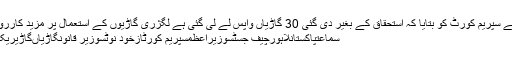
ایڈیشنل اٹارنی جنرل نے سپریم کورٹ کو بتایا کہ استحقاق کے بغیر دی گئی 30 گاڑیاں واپس لے لی گئی ہے لگژری گاڑیوں کے استعمال پر مزید کارروائی آج ہفتہ تک ملتوی
سماعتپاکستانلاہورچیف جسٹسوزیراعظمسپریم کورٹازخود نوٹسوزیر قانونگاڑیاںگاڑیریکارڈعدالتمیاں ثاقب نثار